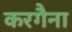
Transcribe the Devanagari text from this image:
करगैना